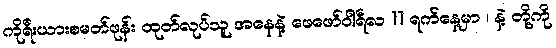
ကိုရီးယားစမတ်ဖုန်း ထုတ်လုပ်သူ အနေနဲ့ ဖေဖော်ဝါရီလ 11 ရက်နေ့မှာ ၊ နဲ့ တို့ကို